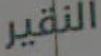
النقير